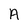
Character: A